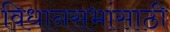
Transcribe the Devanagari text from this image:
विधानसभांसाठी